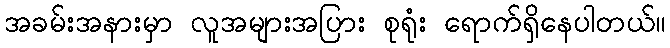
အခမ်းအနားမှာ လူအများအပြား စုရုံး ရောက်ရှိနေပါတယ်။